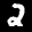
Digit: 2